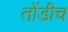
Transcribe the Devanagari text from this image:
तोंडीच